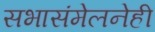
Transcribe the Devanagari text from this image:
सभासंमेलनेही